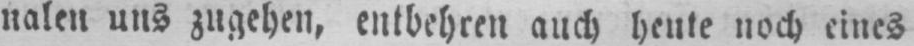
nalen uns zugehen, entbehren auch heute noch eines